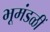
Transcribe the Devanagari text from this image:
भूमंडळीं